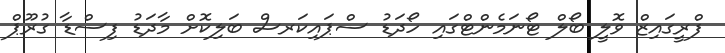
ފްރީގައިޒް ވޮލީ ބޯލް ޓޯނަމެންޓްގައި ހޯދަޑު ސްޕައިކަރސް ބަލިކޮށް މާދަޑު ފިސްޑާ ގުރޫޕް